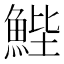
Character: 𮫺